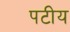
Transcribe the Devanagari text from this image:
पटीय